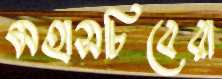
মহাসচিবেরা